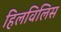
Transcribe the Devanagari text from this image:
हिलविलिस